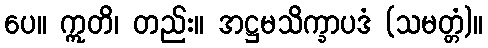
ပေ။ ဣတိ၊ တည်း။ အဋ္ဌမသိက္ခာပဒံ (သမတ္တံ)။